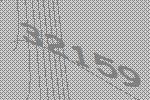
32159